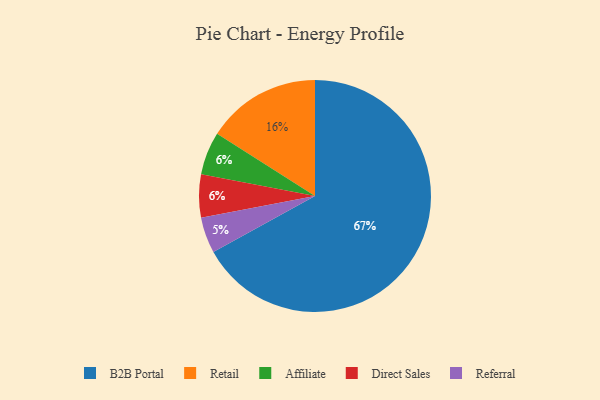
{"axis": {"x": "Category", "y": "Percentage"}, "legend": ["Affiliate", "B2B Portal", "Direct Sales", "Referral", "Retail"], "data": [{"x": "B2B Portal", "y": 67, "type": "B2B Portal"}, {"x": "Referral", "y": 5, "type": "Referral"}, {"x": "Retail", "y": 16, "type": "Retail"}, {"x": "Affiliate", "y": 6, "type": "Affiliate"}, {"x": "Direct Sales", "y": 6, "type": "Direct Sales"}]}